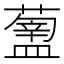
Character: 𥂿